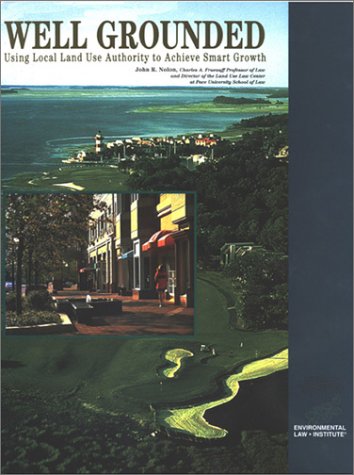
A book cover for Well Grounded: Using Local Land Use Authority to Achieve Smart Growth (Environmental Law Institute); John Nolon; Law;